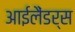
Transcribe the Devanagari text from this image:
आईलैंडर्स